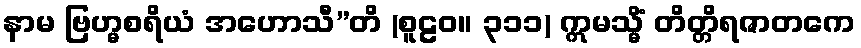
နာမ ဗြဟ္မစရိယံ အဟောသီ”တိ (စူဠဝ။ ၃၁၁) ဣမသ္မိံ တိတ္တိရဇာတကေ